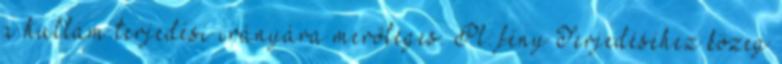
a hullám terjedési irányára merőleges. Pl: fény Terjedéséhez közeg